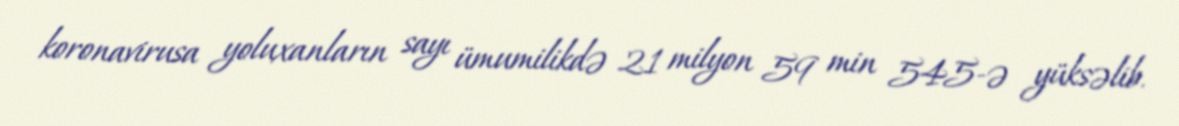
koronavirusa yoluxanların sayı ümumilikdə 21 milyon 59 min 545-ə yüksəlib.